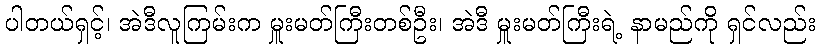
ပါတယ်ရှင့်၊ အဲဒီလူကြမ်းက မှူးမတ်ကြီးတစ်ဦး၊ အဲဒီ မှူးမတ်ကြီးရဲ့ နာမည်ကို ရှင်လည်း